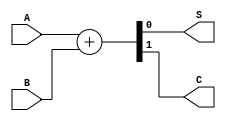
`timescale 1ns / 1ps
//////////////////////////////////////////////////////////////////////////////////
// Company: 
// Engineer: 
// 
// Design Name: 
// Module Name: adder
// Project Name: 
// Target Devices: 
// Tool Versions: 
// Description: 
// 
// Dependencies: 
// 
// Revision:
// Revision 0.01 - File Created
// Additional Comments:
// 
//////////////////////////////////////////////////////////////////////////////////
module halfAdder(
    input A,
    input B,
    output S,
    output C
);
    assign {C,S} = A + B;
endmodule

module fullAdder(
    input A,
    input B,
    input C1,
    output S,
    output C2
    );
    wire Ca,Cb,Sa,Sb;
    halfAdder h1(A,B,Sa,Ca);
    halfAdder h2(Sa,C1,Sb,Cb);
    assign C2 = Ca | Cb;
    assign S = Sb;
endmodule

module fullAdder2(
input A0,
input A1,
input B0,
input B1,
input C2,
output S0,
output S1,
output C1
);
wire Ca,Cb,Sa,Sb;
fullAdder f1(A0,B0,C2,Sa,Ca);
fullAdder f2(A1,B1,Ca,Sb,Cb);
assign S0=Sa;
assign S1=Sb;
assign C1=Cb;
endmodule